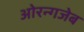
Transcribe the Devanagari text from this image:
ओरन्गजेब